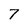
Character: 7